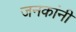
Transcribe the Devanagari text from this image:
जनकांनी